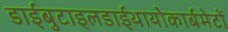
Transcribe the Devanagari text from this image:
डाईबुटाइलडाईथायोकार्बमेटों